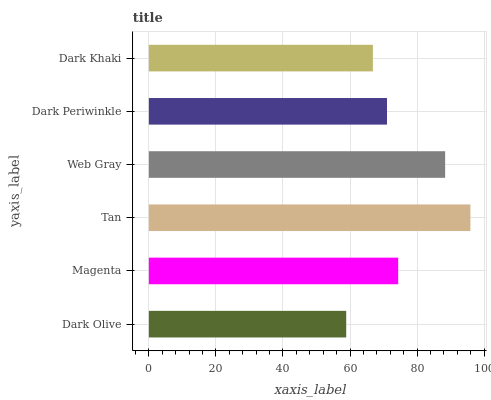
| yaxis_label | bars |
 | --- | --- |
 | Dark Olive | 58.9 |
 | Magenta | 74.4 |
 | Tan | 95.9 |
 | Web Gray | 88.4 |
 | Dark Periwinkle | 71 |
 | Dark Khaki | 66.8 |